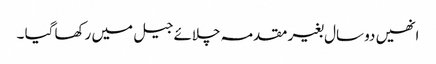
انھیں دو سال بغیر مقدمہ چلائے جیل میں رکھا گیا ۔